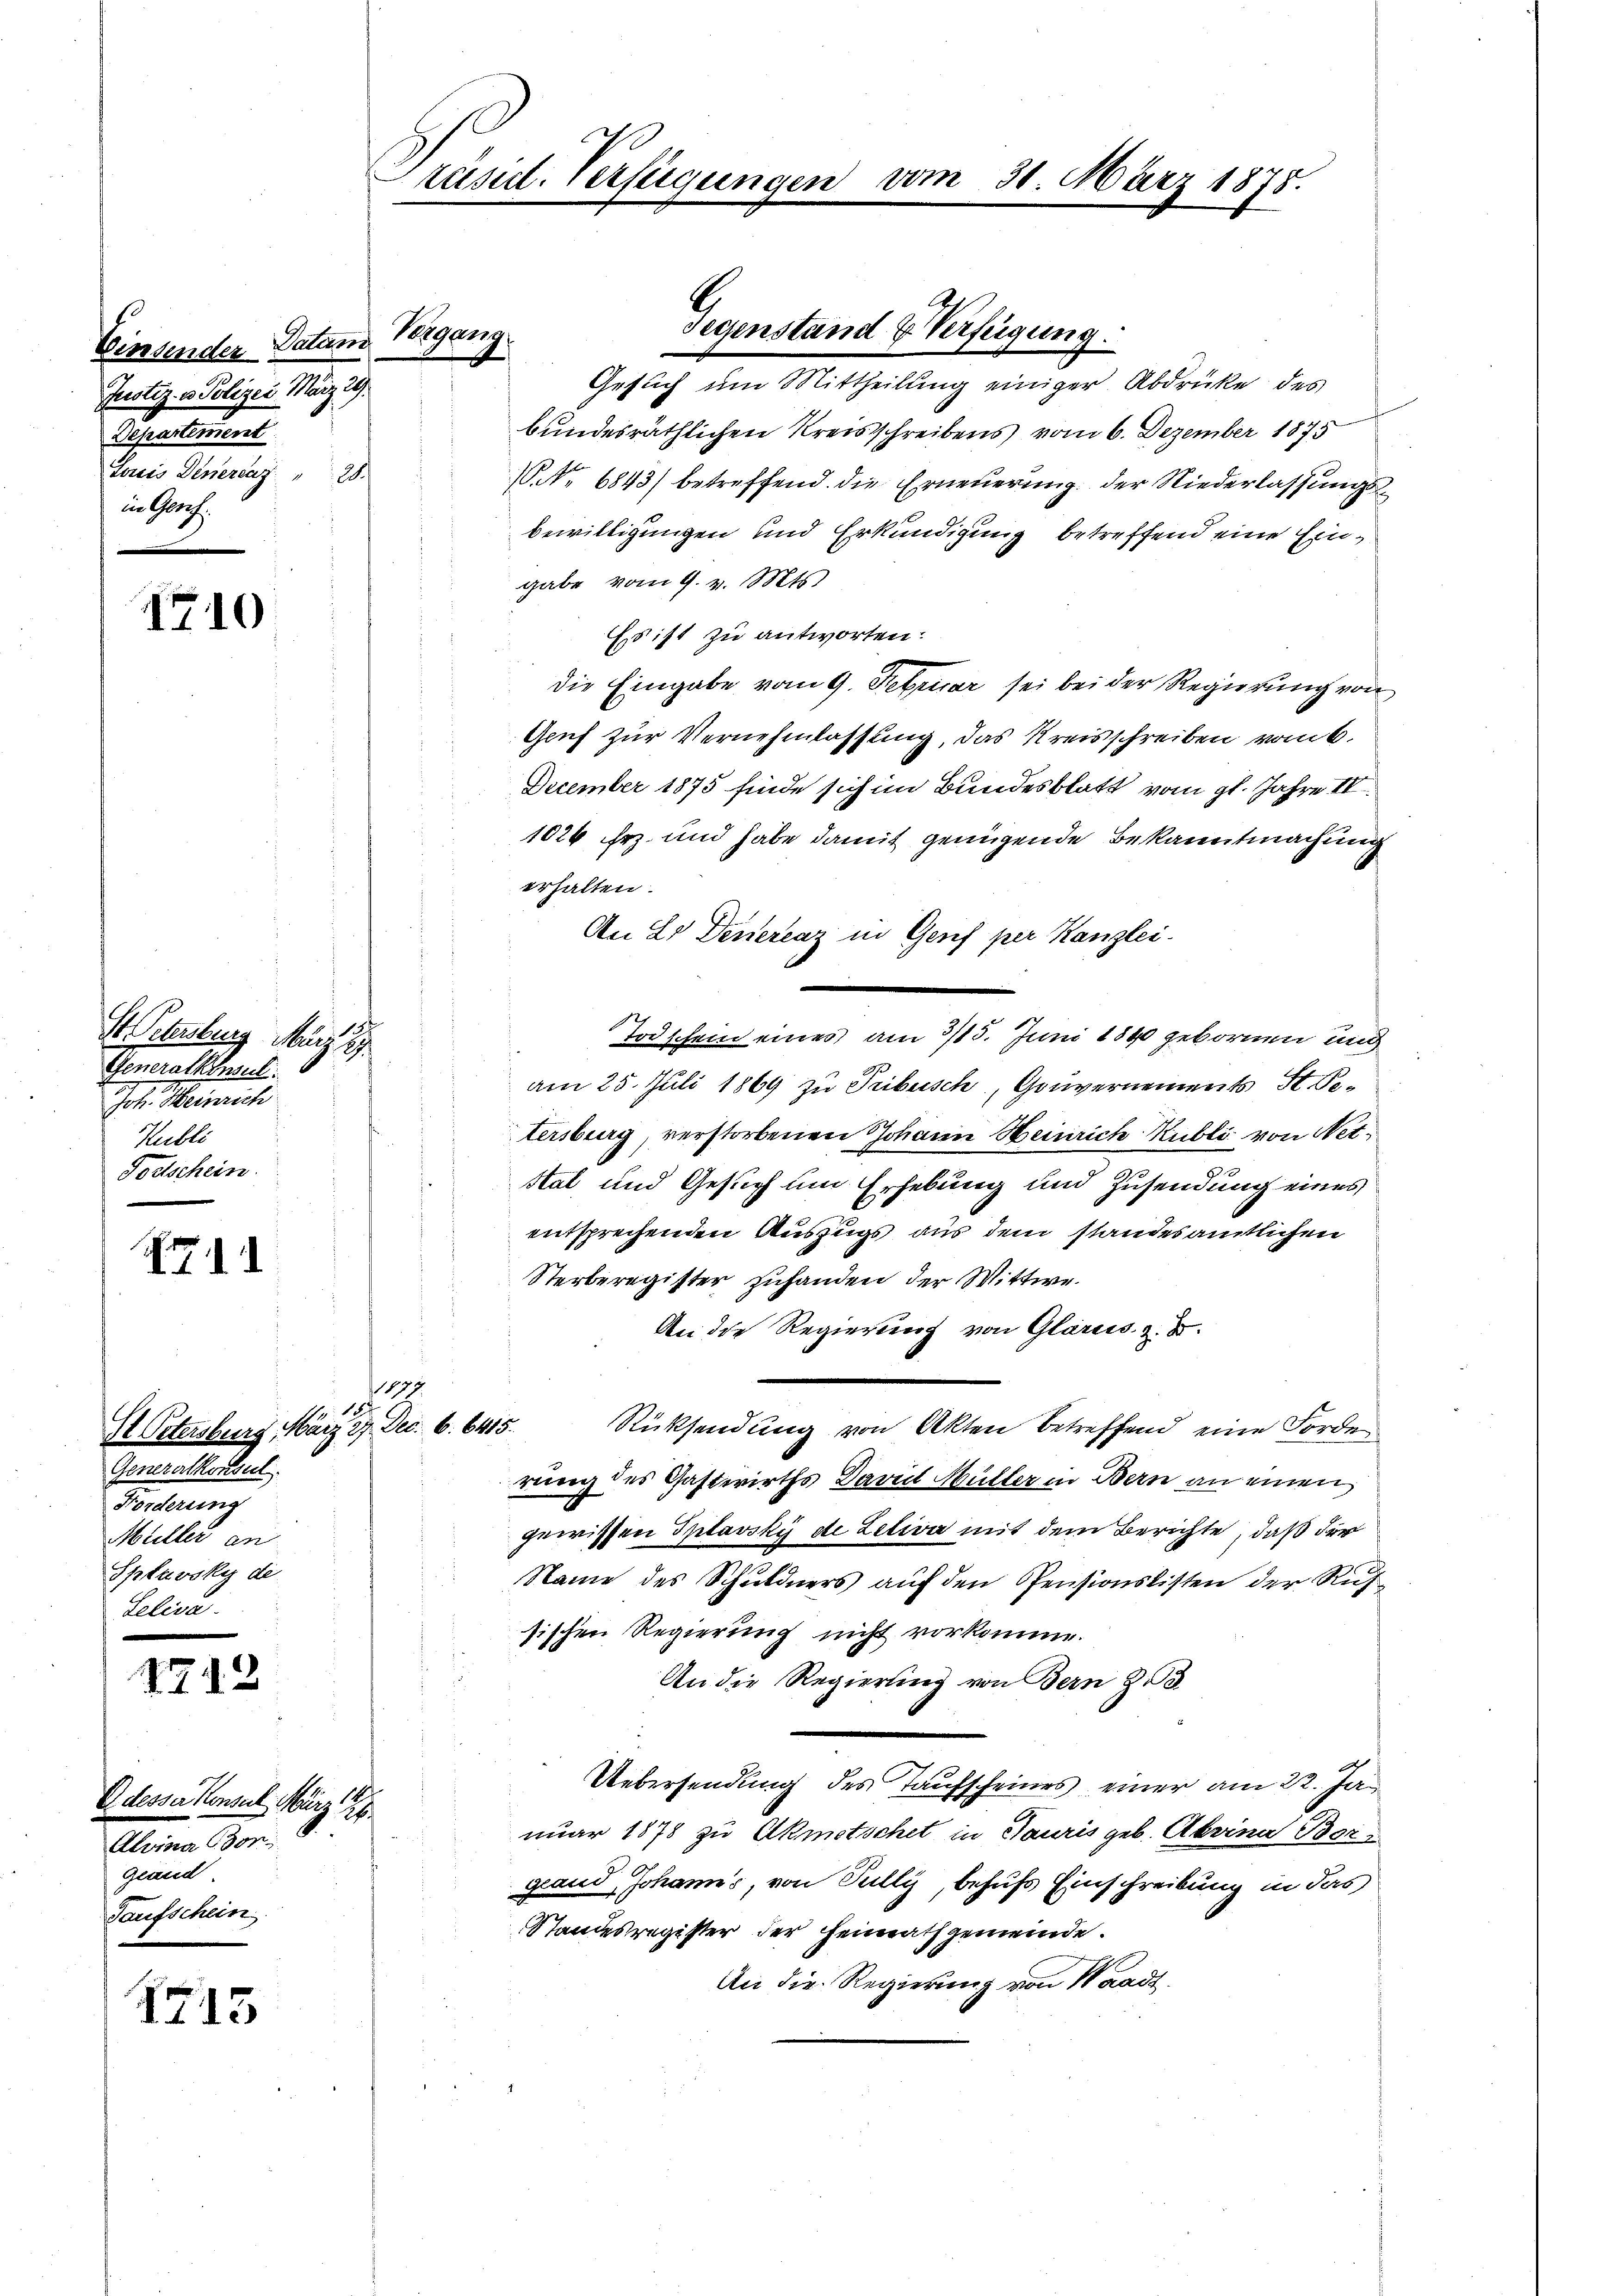
Einsender Datum
Justiz- u Polizei März 29.
Departement
Juris Deneraz" 28.
in Gerich.

1710

st teilung März 19
Generalkensel
Joh. Heinrich
Hubli
Todtschein.

X 11

1
Il Petersburg, März 27. Dec. 6. 6415.
Generalkonsul
Forderung
Müller an
Sptavsky de
Lelisa

4712

Odesser Konsul März 26.
Alina Porgland
Taufschein

1715

1.
18

rasil. Verfügungen

Velgang,

19.

Gesuch um Mittheilung einiger Abdrücke des
bundesräthlichen Kreisschreibens vom 6. Dezember 1875
NNo. 6843) betreffend. Die Erneuerung der Niederlassungsbewilligungen und Erkundigung betreffend eine Eingabe vom 9. v. Mts.
Es ist zu antworten.
die Eingabe vom 9. Februar sei bei der Regierung von
Gruf zur Vernehmlassung, das Kreisschreiben vom 6.
December 1875 finde sich im Bundesblatt vom gl. Jahre IV.
1026 ihr und habe damit genügende Bekanntmachung
erhalten.
An 20 Denerenz in Genf per Kanzlei-
Todschein eines am 3/15. Juni 1840 gebornen und
¬
am 25. Juli 1869 zu Tribusch, Gouvernements St. Getersburg, verstorbenen Johann Heinrich Kubli von Netsal und Gesuch um Erhebung und Zusendung eines
entsprechenden Auszugs aus dem standesamtlichen
Sterberegister zuhanden der Wittwe.
An die Regierung von Glarus, z. B.
Rücksendung von Akten betreffend eine Forde
rung des Gastwirths David Müller in Bern an einen
gewissen Inlavsky de Letiva mit dem Berichte, daß der
Name des Schuldners auf den Pensionslisten der Rufsischen Regierung nicht vorkomme.
An die Regierung von Bern Z
Uebersendung des Taufscheines einer am 22. Januar 1878 zu Akmetschet in Tauris geb. Abrina Bor
gland Johanns, von Sully, behufs Einschreibung in das
Standesregister der Heimathgemeinde.
An die Regierung von Waadt

Gegenstand & Verfügung.

vom 31. März 1878.